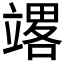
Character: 𰩪